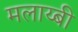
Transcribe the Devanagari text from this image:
मलाय्बी